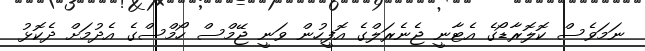
ނަމަވެސް ކޮލޮރާޑޯގެ އެޓާނީ ޖެނެރަލްގެ އޮފީހުން ވަނީ ޖޭމްސް ހޯމްސްގެ އެދުމަށް ދެކޮޅު